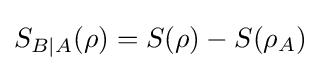
S_{B|A}(\rho )=S(\rho )-S(\rho _{A})